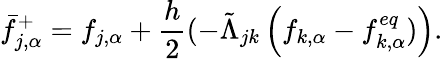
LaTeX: \bar{f}_{j,\alpha}^{+}=f_{j,\alpha}+\frac{h}{2}(-\tilde{\Lambda}_{jk}\left(f_{k,\alpha}-f_{k,\alpha}^{eq})\right).